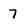
Character: 7